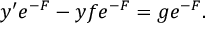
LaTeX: y ^ { \prime } e ^ { - F } - y f e ^ { - F } = g e ^ { - F } .